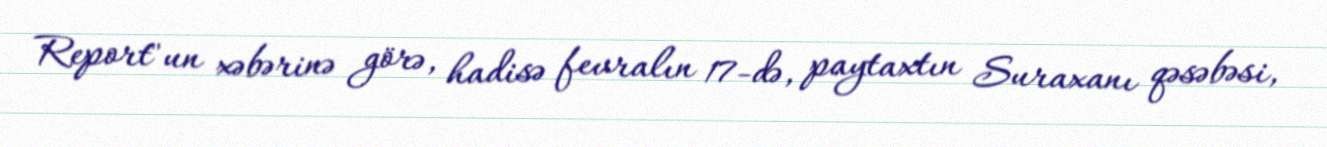
Report"un xəbərinə görə, hadisə fevralın 17-də, paytaxtın Suraxanı qəsəbəsi,